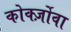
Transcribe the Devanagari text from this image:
कोर्क्ज़ोवा